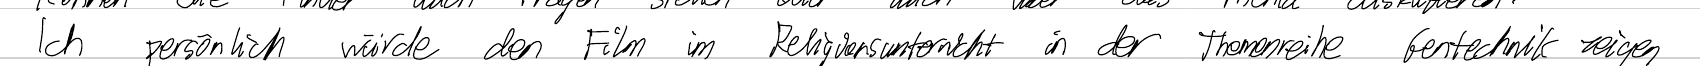
Ich persönlich würde den Film im Religionsunterricht in der Themenreihe Gentechnik zeigen